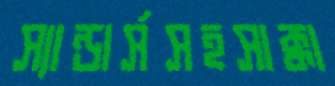
স্যান্ডার্সসহসাক্কা